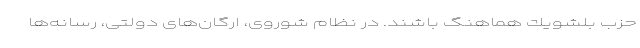
حزب بلشویك هماهنگ باشند. در نظام شوروی، ارگان‌های دولتی، رسانه‌ها